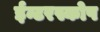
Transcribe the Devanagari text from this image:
ईन्टरस्कोप